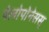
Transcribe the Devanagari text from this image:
पेलोपोनेसस्‌